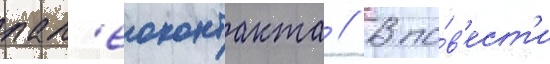
пал'еоконтакта // В по́в'ест'и